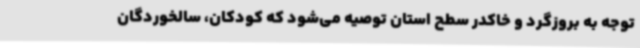
توجه به بروزگرد و خاکدر سطح استان توصیه می‌شود که کودکان، سالخوردگان